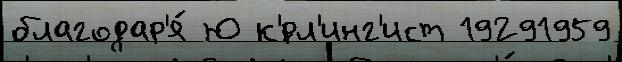
благодар'я́ Ю к'́рл'инг'ист 19291959